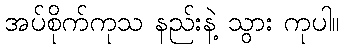
အပ်စိုက်ကုသ နည်းနဲ့ သွား ကုပါ။